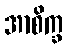
အာစိက္ခ